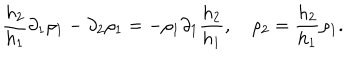
\frac { h _ { 2 } } { h _ { 1 } } \partial _ { 1 } \rho _ { 1 } - \partial _ { 2 } \rho _ { 1 } = - \rho _ { 1 } \partial _ { 1 } \frac { h _ { 2 } } { h _ { 1 } } , \quad \rho _ { 2 } = \frac { h _ { 2 } } { h _ { 1 } } \rho _ { 1 } .